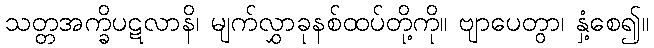
သတ္တအက္ခိပဋလာနိ၊ မျက်လွှာခုနစ်ထပ်တို့ကို။ ဗျာပေတွာ၊ နှံ့စေ၍။